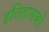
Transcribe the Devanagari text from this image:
इतिहासको